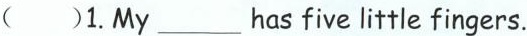
()1.My___hasfive little fingers.